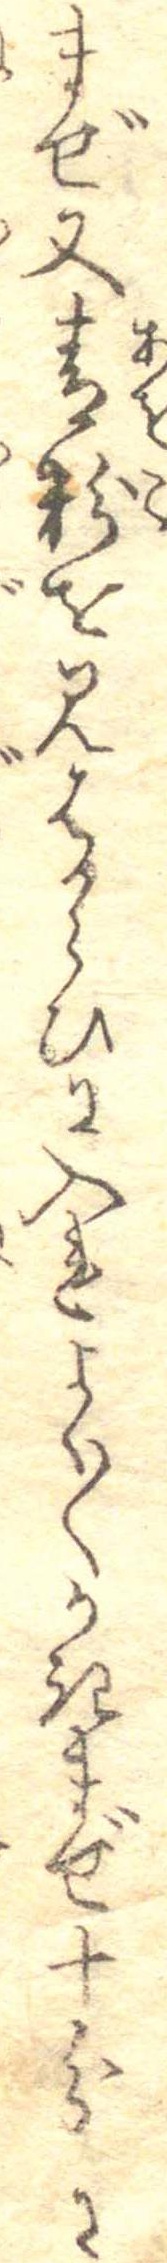
まぜ又青粉を見はからひに入れよく〱かきまぜ十分に